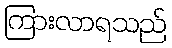
ကြားလာရသည်